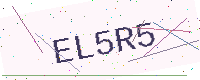
Text: EL5R5